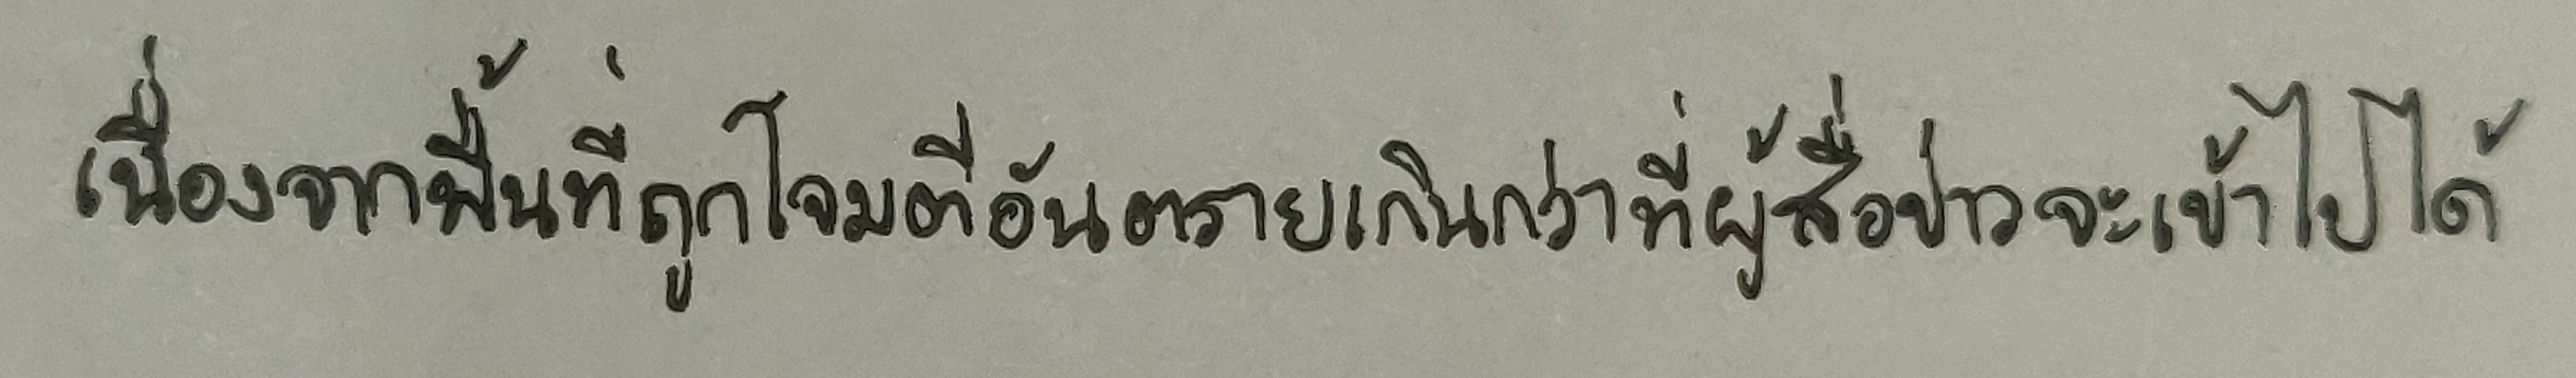
เนื่องจากพื้นที่ถูกโจมตีอันตรายเกินกว่าที่ผู้สื่อข่าวจะเข้าไปได้